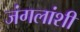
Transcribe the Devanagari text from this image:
जंगलांशी